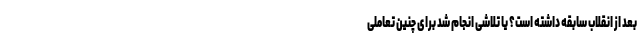
بعد از انقلاب سابقه داشته است؟ یا تلاشی انجام شد برای چنین تعاملی